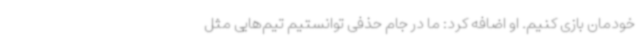
خودمان بازی کنیم. او اضافه کرد: ما در جام حذفی توانستیم تیم‌هایی مثل